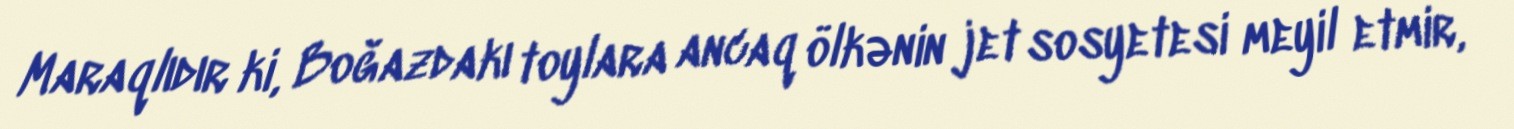
Maraqlıdır ki, Boğazdakı toylara ancaq ölkənin jet sosyetesi meyil etmir,